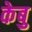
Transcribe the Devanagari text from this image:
केबु